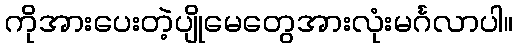
ကိုအားပေးတဲ့ပျိုမေတွေအားလုံးမင်္ဂလာပါ။